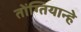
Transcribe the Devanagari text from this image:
तोंग्तियान्हे